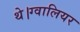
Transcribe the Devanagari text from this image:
थे।ग्वालियर